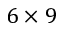
6 \times 9